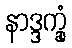
နာဒ္ဒက္ခုံ